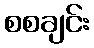
စစချင်း